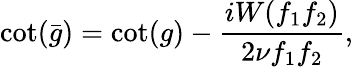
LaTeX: \cot(\bar{g})=\cot(g)-\frac{iW(f_{1}f_{2})}{2\nu f_{1}f_{2}},